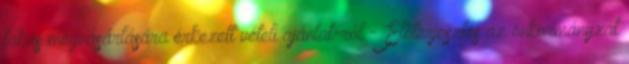
lakás megvásárlására érkezett vételi ajánlat-ról - Előterjesztés az önkormányzat